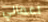
اعمالي